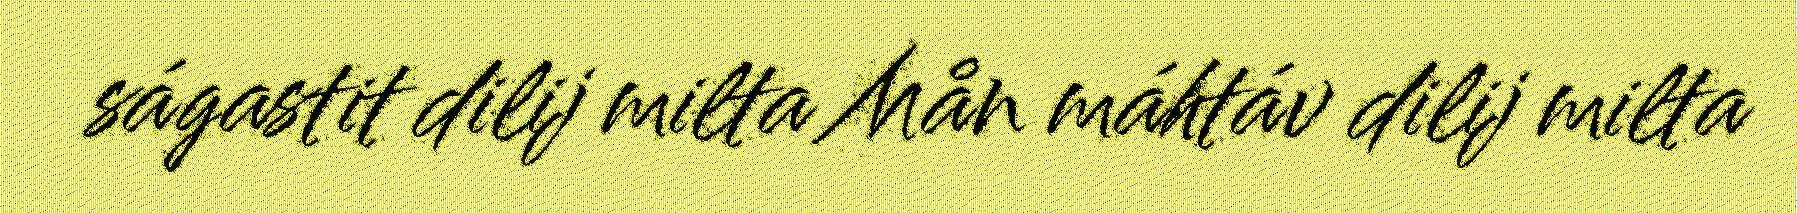
ságastit dilij milta Mån máhtáv dilij milta